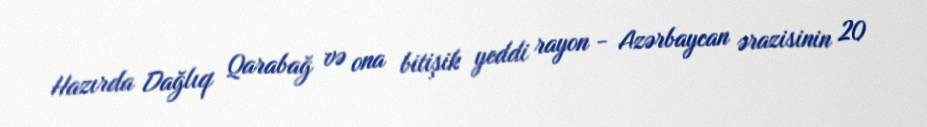
Hazırda Dağlıq Qarabağ və ona bitişik yeddi rayon - Azərbaycan ərazisinin 20